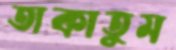
তাকাতুম